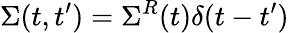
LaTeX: \Sigma(t,t^{\prime})=\Sigma^{R}(t)\delta(t-t^{\prime})